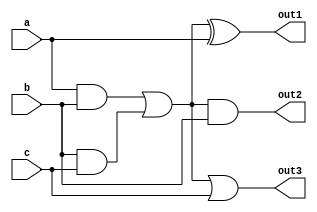
module comb_logic_block (
    input wire [3:0] a,      // 4-bit input signal
    input wire [3:0] b,      // 4-bit input signal
    input wire [3:0] c,      // 4-bit input signal
    output wire [3:0] out1,  // Output signal 1
    output wire [3:0] out2,  // Output signal 2
    output wire [3:0] out3   // Output signal 3
);

// Shared logic implementation
wire [3:0] shared_logic;

// Common logic path: Example of AND and OR operations
assign shared_logic = (a & b) | (b & c); // Shared logic computation

// Output logic using shared logic
assign out1 = shared_logic ^ a; // Example: XOR with input a
assign out2 = shared_logic & b; // Example: AND with input b
assign out3 = shared_logic | c; // Example: OR with input c

endmodule